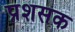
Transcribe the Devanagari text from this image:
प्रशसक